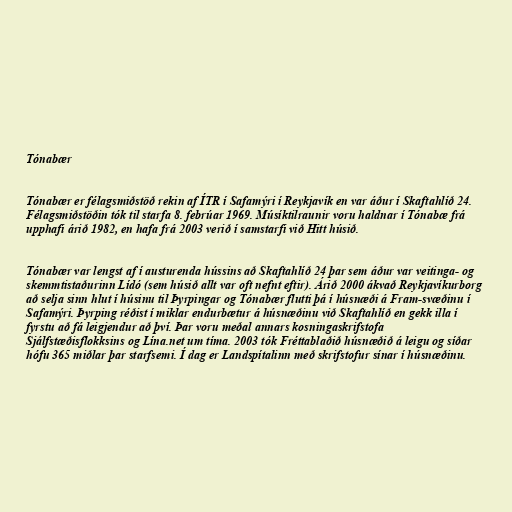
Tónabær

Tónabær er félagsmiðstöð rekin af ÍTR í Safamýri í Reykjavík en var áður í Skaftahlíð 24.
Félagsmiðstöðin tók til starfa 8. febrúar 1969. Músíktilraunir voru haldnar í Tónabæ frá
upphafi árið 1982, en hafa frá 2003 verið í samstarfi við Hitt húsið.

Tónabær var lengst af í austurenda hússins að Skaftahlíð 24 þar sem áður var veitinga- og
skemmtistaðurinn Lídó (sem húsið allt var oft nefnt eftir). Árið 2000 ákvað Reykjavíkurborg
að selja sinn hlut í húsinu til Þyrpingar og Tónabær flutti þá í húsnæði á Fram-svæðinu í
Safamýri. Þyrping réðist í miklar endurbætur á húsnæðinu við Skaftahlíð en gekk illa í
fyrstu að fá leigjendur að því. Þar voru meðal annars kosningaskrifstofa
Sjálfstæðisflokksins og Lína.net um tíma. 2003 tók Fréttablaðið húsnæðið á leigu og síðar
hófu 365 miðlar þar starfsemi. Í dag er Landspítalinn með skrifstofur sínar í húsnæðinu.